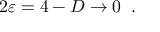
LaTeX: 2 \varepsilon = 4 - D \to 0 \; \; .